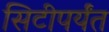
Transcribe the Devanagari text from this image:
सिटीपर्यंत